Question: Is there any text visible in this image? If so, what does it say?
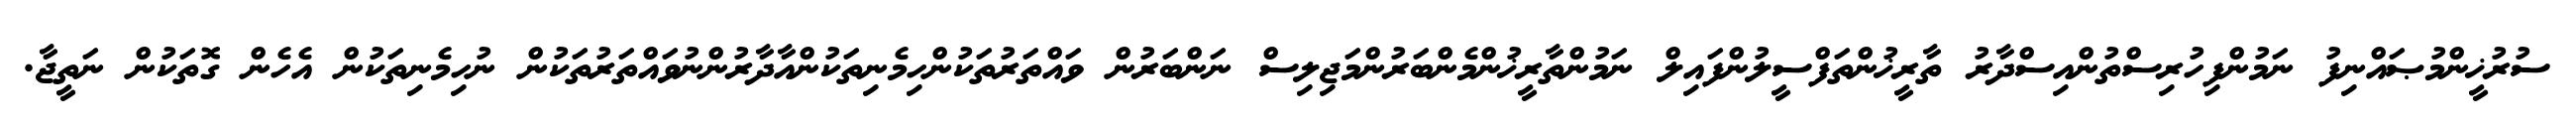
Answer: ސުރުޚީންމުޞައްނިފު ނަމުންފިހުރިސްތުންއިސްދާރު ތާރީޚުންތަފްސީލުންފައިލް ނަމުންތާރީޚުންމެންބަރުންމަޖިލިސް ނަންބަރުން ވައްތަރުތަކުންހިމެނިތަކުންއާދާރުންނުވައްތަރުތަކުން ނުހިމެނިތަކުން އެހެން ގޮތަކުން ނަތީޖާ.